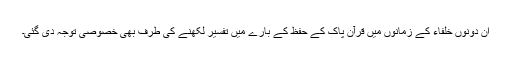
ان دونوں خلفاء کے زمانوں میں قرآن پاک کے حفظ کے بارے میں تفسیر لکھنے کی طرف بھی خصوصی توجہ دی گئی۔